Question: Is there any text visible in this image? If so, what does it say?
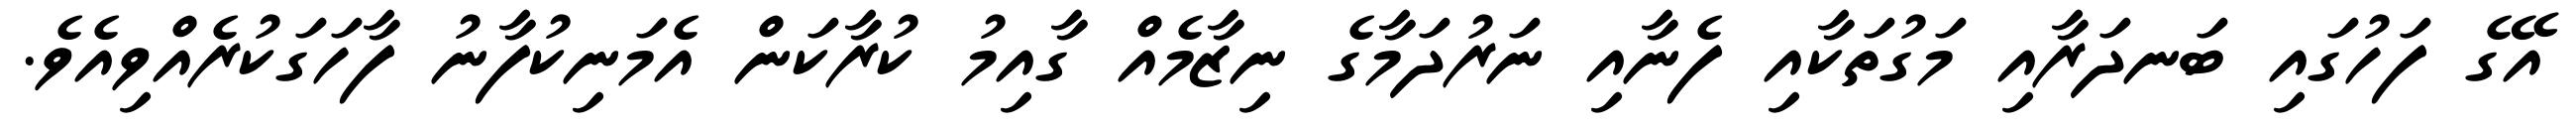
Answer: އޭގެ ފަހުގައި ބަނދަރާއި މަގުތަކާއި ފެނާއި ނަރުދަމާގެ ނިޒާމެއް ގާއިމު ކުރާކަން އެމަނިކުފާނު ފާހަގަކުރެއްވިއެވެ.